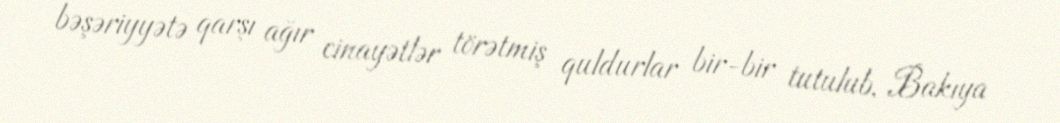
bəşəriyyətə qarşı ağır cinayətlər törətmiş quldurlar bir-bir tutulub, Bakıya